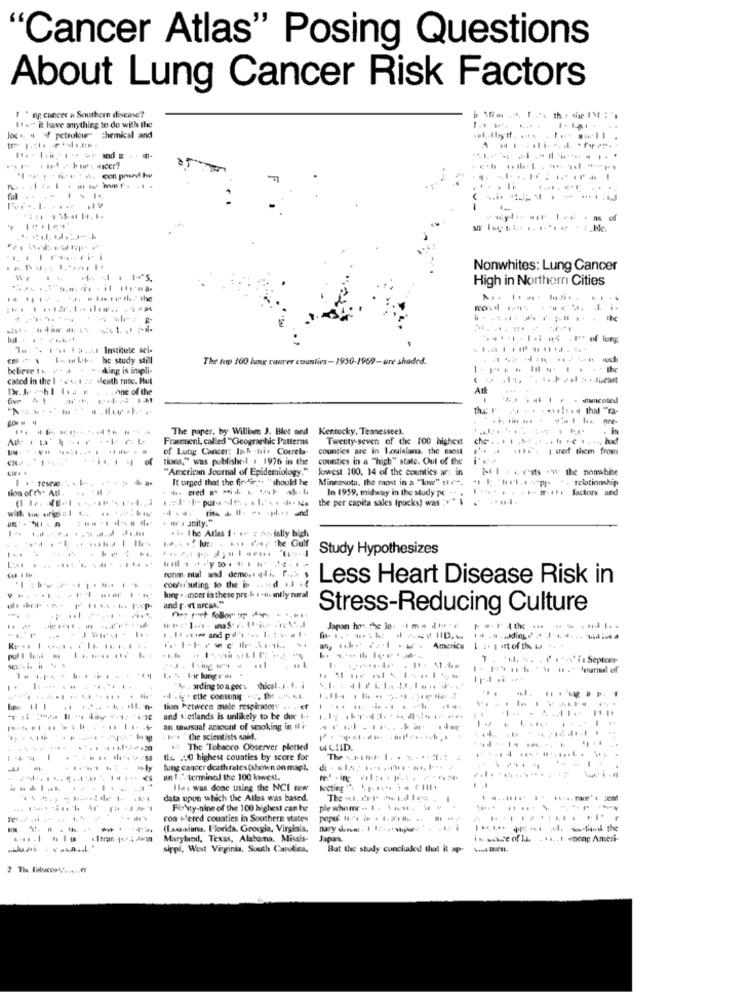
"Cancer Atlas" Posing Questions
About Lung Cancer Risk Factors
" " ng cancer & Southern disease?
1 . it have anything to do with the
loc ., 4 4f petrolour" chemical and
7
Nonwhites: Lung Cancer
High in Northern Cities
... .........
........
cm * \ \\. he study still
The top 100 lang caurer counties- 1950-1969-ere shaded.
believe 1. V. a . w-sking is impli-
-
cated in the 1 - 2 . 1 22. death rate. But
Att
-----
the I'
The paper, by William J. Blot and Kentucky, Tennessee).
Frameni, called "Geographic Patterns
Twenty-seven of the 100 highest
of Lung Cancer: Is.h .ti. Correla-
counties are in louisiana, the most
$18. . | wed them from
tions," was published 1 1976 in the
counties in a "high" state. Out of the
"American Journal of Epidemiology."
lowest 100. 14 of the counties ar: in
MI ss . the nonwhite
It urged that the fire'ire. " should he
Minnesota, the most in a "www" strt.
relationship
tion of t's Adl .
-- --- - - ---
In 1959, midway in the study pc
factors and
the per capita sales (racks) was :""" }
w 1 anity."
. i. The Atlas 1 . .. v >> ially high
- . .. . Gulf
. .
Study Hypothesizes
. ... .
funm nial and demo, di. r .. >
com/ur suting to the in .. aid .3 .
Less Heart Disease Risk in
and p- vt arcas."
hing . - incer in these pre-b . +H. infly teral
Stress-Reducing Culture
Des puet follow up dans
. ..
Japon ho: Jo tm- the-
-- tid ios a
America
.. ..... ...
"N" it Sepict-
purul of
..... ... . ......
"A- , ording to agers shical .... ..
"il ig . etle consumi . S. B .,
tion Fetween mele respiratory ... .
and .. etlands is unlikely to be due I ..
an unusual amount of smoking in it r
.P. the scientists said,
.......
14 The Tobacco Observer plotted
44 CHID.
...
:44:
Ils .. 0 highest counties by score for
The +.+4- 1. . .... .: 4
lung cancer death rates (shown on map),
un I.". termined the 100 kwwest.
...... ......-
Ilas was done using the NCI Eaw
lecting 1 1-1 - 11.
data upon which the Atlas was based.
Fix'\ty-nine of the 100 highest can be
ple whomr .. 1 . Voit . W v
con bered counties in Southern states
-----
(Lusaians, Florida, Georgia, Virginia,
nary denvel. 1 12. ..
-----
Maryland, Texas, Alabama, Missis-
Japan.
in ware of la . .... 1 pone Ameri-
sippi, West Virginia, South Carolina.
Bat the study conchaded that it up-